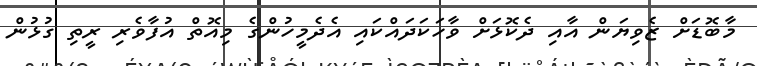
މާބޮޑަށް ޒެވިޔަން އާއި ދެކޮޅަށް ވާހަކަދައްކައި އެދެމީހުންގެ މިއޮތް އުފާވެރި ރީތި ގުޅުން